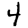
Digit: 4